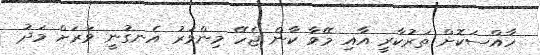
ހާއްސަކޮށް ތަރުކާރީ އާއި މޭވާ ކާން ޖެހޭ މިންވަރު އެނގުނީ ވަރަށް މަދު